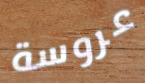
عروسة